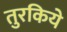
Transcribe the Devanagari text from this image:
तुरकिये